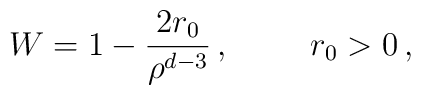
W = 1 - \frac{2r_{0}}{\rho^{d-3}}\, ,  \hspace{1cm}r_{0}>0\, ,